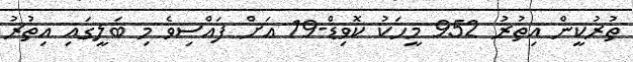
ތުރުކީން އިތުރު 952 މީހަކު ކޮވިޑް-19 އަށް ފައްސިވެ މި ބަލީގައި އިތުރު